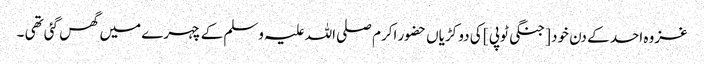
غزوہ احد کے دن خود [ جنگی ٹوپی ] کی دو کڑیاں حضور اکرم صلی اللہ علیہ وسلم کے چہرے میں گھس گئی تھی ۔